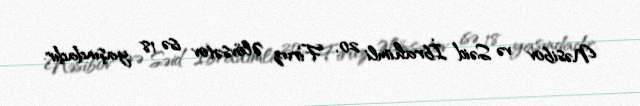
Nəsibov və Səid İbrahimli 20, Firuz Əlövsətov isə 18 yaşındadır.